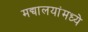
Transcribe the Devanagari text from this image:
मद्यालयांमध्ये